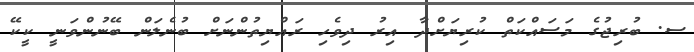
ސ. ބުރިޖުގެ މަސައްކަތް ކުރިޔަށްދާ އިރު ދިވެހި ރައްޔިތުންނަށް ބުނެލަން ބޭނުންވަނީ ކީކޭ